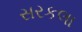
સરકલા